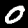
Digit: 0